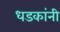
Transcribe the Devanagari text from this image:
धडकांनी